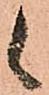
候